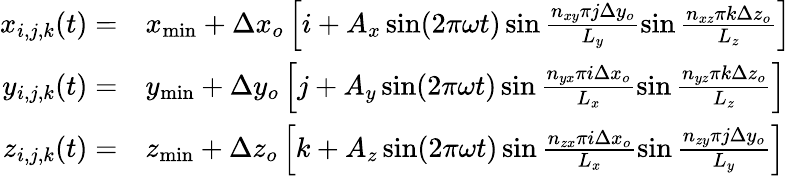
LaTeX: \begin{array}{rl}{x_{i,j,k}(t)=}&{x_{\operatorname*{min}}+\Delta x_{o}\left[i+A_{x}\sin(2\pi\omega t)\sin\frac{n_{xy}\pi j\Delta y_{o}}{L_{y}}\sin\frac{n_{xz}\pi k\Delta z_{o}}{L_{z}}\right]}\\ {y_{i,j,k}(t)=}&{y_{\operatorname*{min}}+\Delta y_{o}\left[j+A_{y}\sin(2\pi\omega t)\sin\frac{n_{yx}\pi i\Delta x_{o}}{L_{x}}\sin\frac{n_{yz}\pi k\Delta z_{o}}{L_{z}}\right]}\\ {z_{i,j,k}(t)=}&{z_{\operatorname*{min}}+\Delta z_{o}\left[k+A_{z}\sin(2\pi\omega t)\sin\frac{n_{zx}\pi i\Delta x_{o}}{L_{x}}\sin\frac{n_{zy}\pi j\Delta y_{o}}{L_{y}}\right]}\end{array}